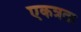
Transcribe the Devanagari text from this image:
एकत्रता